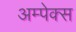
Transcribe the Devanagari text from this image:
अम्पेक्स